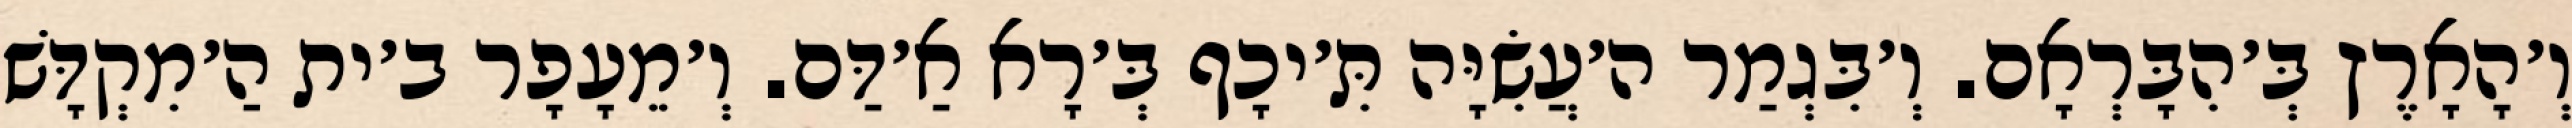
וְ׳הָאָרֶץ בְּ׳הִבָּרְאָם. וְ׳בִּגְמַר ה׳עֲשִׂיָּה תִּ׳יכָף בְּ׳רָא אַ׳דַּם. וְ׳מֵעָפָר ב׳ית הַ׳מִקְדָּשׁ